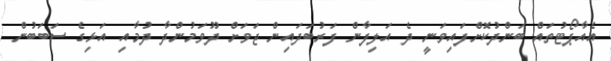
އެއާޕޯޓުތައް ބަންދުކޮށްފައިވަނީ ދެ އަލިފާން ފަރުބަދައިން ޖަވަށް ދޫވަމުންދާ ދުމާއި އަޅިގެ ސަބަބުން